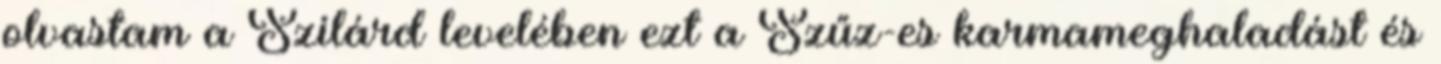
olvastam a Szilárd levelében ezt a Szűz-es karmameghaladást és